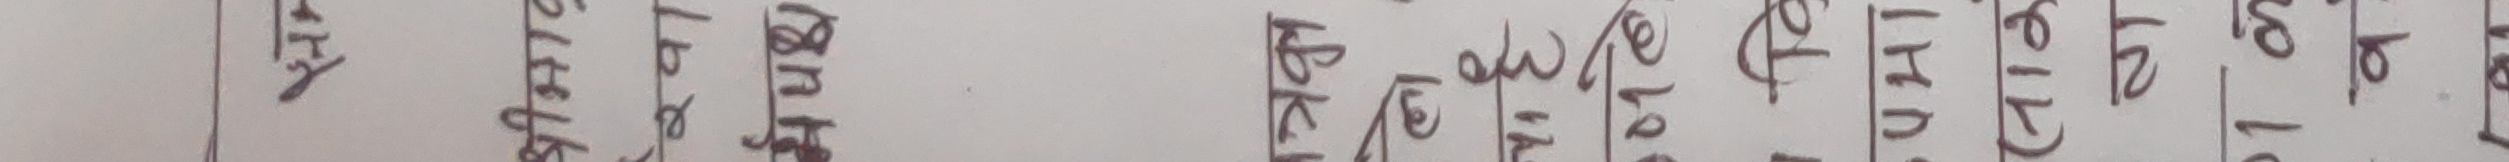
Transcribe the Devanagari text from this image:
अत्तरक्षा क्षतीपूर्ती (60) 12)